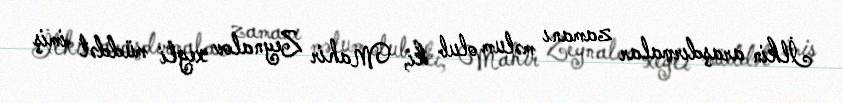
İlkin araşdırmalar zamanı məlum olub ki, Mahir Zeynalov xeyli müddət imiş